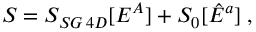
S = S _ { S G \, 4 D } [ E ^ { A } ] + S _ { 0 } [ \hat { E } ^ { a } ] \; ,